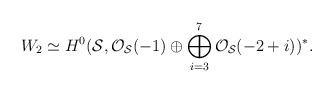
LaTeX: \begin{align*}W_2 \simeq H^{0} ({\cal S}, {\cal O}_{{\cal S}}(-1) \oplus\bigoplus_{i=3}^{7} {\cal O}_{{\cal S}}(-2+i))^{*}.\end{align*}